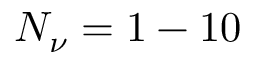
N _ { \nu } = 1 - 1 0